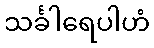
သင်္ခါရေပါဟံ